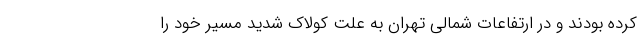
کرده بودند و در ارتفاعات شمالی تهران به علت کولاک شدید مسیر خود را